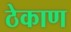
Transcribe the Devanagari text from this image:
ठेकाण